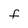
Character: f